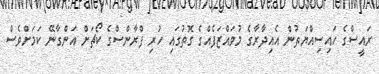
ރައީސްގެ ހައިސިއްޔަތުން އެއިދާރާގެ މުވައްޒަފެއްގެ ގޮތުގައި ހުރި ފްރާންސްގެ ކޯޗަށް އަންގާނޭ ކަމަށްވެސް